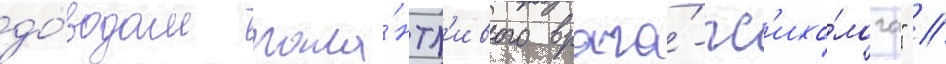
до́водам тала́нтл'ивого врача́-пс'ихо́лога" //